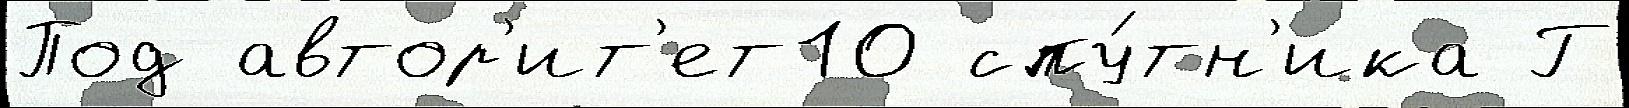
Под автор'ит'ет10 спу́тн'ика Г